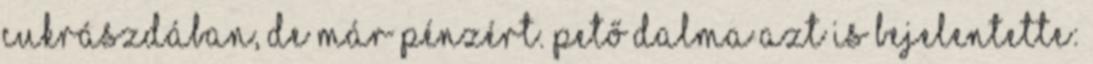
cukrászdában, de már pénzért. Pető Dalma azt is bejelentette: